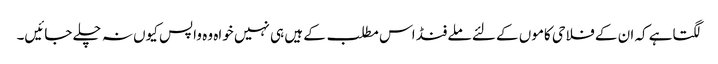
لگتاہے کہ ان کے فلاحی کاموں کے لئے ملے فنڈ اس مطلب کے ہیں ہی نہیں خواہ وہ واپس کیوں نہ چلے جائیں۔